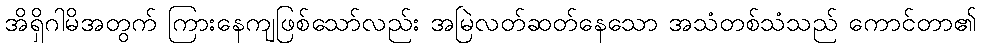
အိရှိဂါမိအတွက် ကြားနေကျဖြစ်သော်လည်း အမြဲလတ်ဆတ်နေသော အသံတစ်သံသည် ကောင်တာ၏